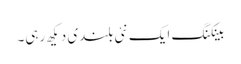
بینکنگ ایک نئی بلندی دیکھ رہی۔